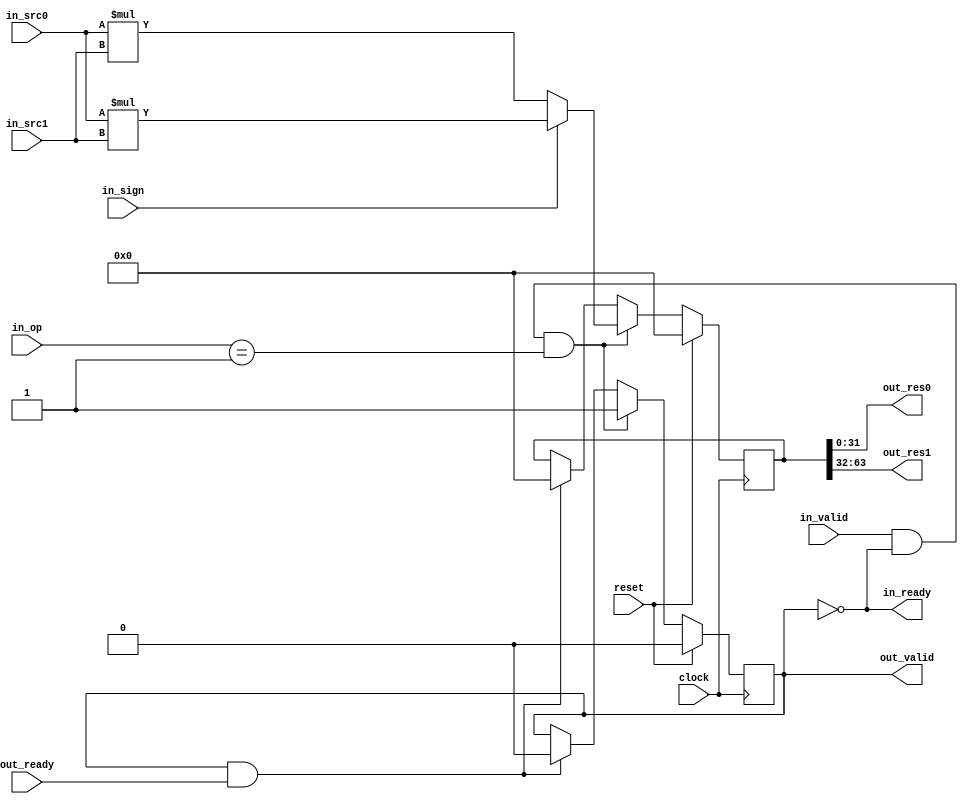
`timescale 1ns / 1ps
//////////////////////////////////////////////////////////////////////////////////
// Company: 
// Engineer: 
// 
// Design Name: 
// Module Name:    MulDivUnit 
// Project Name: 
// Target Devices: 
// Tool versions: 
// Description: 
//
// Dependencies: 
//
// Revision: 
// Revision 0.01 - File Created
// Additional Comments: 
//
//////////////////////////////////////////////////////////////////////////////////
module MulUnit(
	 input clock,
	 input reset,
    input [31:0] in_src0,
	 input [31:0] in_src1,
    input [1:0] in_op,
    input in_sign,
    output in_ready,
    input in_valid,
    input out_ready,
    output out_valid,
    output [31:0] out_res0,
	 output [31:0] out_res1
    );
	 reg done;
	 reg[63:0] tmp;
	 wire signed[63:0] sr = $signed(in_src0) * $signed(in_src1);
	 wire[63:0] usr = in_src0 * in_src1;
	 always@(posedge clock) begin
		if(reset) begin
			done <= 'h0;
			tmp <= 'h0;
		end else if(in_valid & in_ready & (in_op == 'd1)) begin
			tmp <= in_sign ? sr : usr;
			done <= 'h1;
		end else if(out_valid & out_ready) begin
			tmp <= 'h0;
			done <= 'h0;
		end
	 end
	 assign {out_res1, out_res0, in_ready, out_valid} = {tmp, !done, done};

endmodule

module DivUnit(
	 input clock,
	 input reset,
    input [31:0] in_src0,
	 input [31:0] in_src1,
    input [1:0] in_op,
    input in_sign,
    output in_ready,
    input in_valid,
    input out_ready,
    output out_valid,
    output [31:0] out_res0,
	 output [31:0] out_res1
    );
	 wire negSrcBits[1:0];
	 assign {negSrcBits[1], negSrcBits[0]} = {in_src1[31] & in_sign, in_src0[31] & in_sign};
	 wire[31:0] absSrc[1:0];
	 assign {absSrc[1], absSrc[0]} = {negSrcBits[1] ? -in_src1 : in_src1, negSrcBits[0] ? -in_src0 : in_src0};
	 wire[63:0] absSrc64[1:0];
	 assign {absSrc64[1], absSrc64[0]} = {absSrc[1], 64'h0, absSrc[0]};
	 reg busy;
	 reg[31:0] timer;
	 reg[66:0] tmps[3:0];
	 reg negResBits[1:0];
	 wire[66:0] subs[2:0];
	 assign {subs[2], subs[1], subs[0]} = {(tmps[0] << 2) - tmps[3], (tmps[0] << 2) - tmps[2], (tmps[0] << 2) - tmps[1]};
	 wire[31:0] tmp[1:0];
	 assign {tmp[1], tmp[0]} = tmps[0][63:0];
	 assign {out_res1, out_res0} = {negResBits[1] ? -tmp[1] : tmp[1], negResBits[0] ? -tmp[0] : tmp[0]};
	 assign {in_ready, out_valid} = {!busy, !timer[1] & busy};
	 always@(posedge clock) begin
		if(reset) begin
			{negResBits[1], negResBits[0], timer, tmps[3], tmps[2], tmps[1], tmps[0], busy} <= 0;
		end else if(in_valid & in_ready & in_op == 'd2) begin
			timer <= 32'hffffffff;
			{negResBits[1], negResBits[0]} <= {negSrcBits[0], negSrcBits[0] ^ negSrcBits[1]};
			{tmps[3], tmps[2], tmps[1], tmps[0]} <= {({3'b0, absSrc64[1]} << 1) + {3'b0, absSrc64[1]}, {3'b0, absSrc64[1]} << 1, {3'b0, absSrc64[1]}, {3'b0, absSrc64[0]}};
			busy <= 'b1;
		end else begin
			if(out_valid & out_ready) begin
				busy <= 'b0;
			end
			if(timer[15] & (tmps[0][47:16] < tmps[1][63:32])) begin
				timer <= timer >> 16;
				tmps[0] <= tmps[0] << 16;
			end else if(timer[7] & (tmps[0][55:24] < tmps[1][63:32])) begin
				timer <= timer >> 8;
				tmps[0] <= tmps[0] << 8;
			end else if(timer[3] & (tmps[0][59:28] < tmps[1][63:32])) begin
				timer <= timer >> 4;
				tmps[0] <= tmps[0] << 4;
			end else if(timer[0]) begin
				timer <= timer >> 2;
				tmps[0] <= !subs[2][66] ? subs[2] + 'd3 : !subs[1][66] ? subs[1] + 'd2 : !subs[0][66] ? subs[0] + 'd1 : (tmps[0] << 2);
			end
		end
	 end
endmodule

module MulDivUnit(
	 input clock,
	 input reset,
    input [31:0] in_src0,
	 input [31:0] in_src1,
    input [1:0] in_op,
    input in_sign,
    output in_ready,
    input in_valid,
    input out_ready,
    output out_valid,
    output [31:0] out_res0,
	 output [31:0] out_res1
    );
	 wire[31:0] mul_out_res[1:0];
	 wire[31:0] div_out_res[1:0];
	 reg[1:0] op;
	 always@(posedge clock) begin
		if(reset) begin
			op  <= 'h0;
		end else if(in_ready & in_valid) begin
			op <= in_op;
		end else if(out_ready & out_valid) begin
			op <= 'h0;
		end
	 end
	 MulUnit MulUnit(
			.clock(clock), 
			.reset(reset), 
			.in_src0(in_src0),
			.in_src1(in_src1),
			.in_op(in_op), 
			.in_sign(in_sign), 
			.in_ready(mul_in_ready), 
			.in_valid(in_valid), 
			.out_ready(out_ready), 
			.out_valid(mul_out_valid), 
			.out_res0(mul_out_res[0]),
			.out_res1(mul_out_res[1]));
			
	 DivUnit DivUnit(
			.clock(clock), 
			.reset(reset), 
			.in_src0(in_src0),
			.in_src1(in_src1),
			.in_op(in_op), 
			.in_sign(in_sign), 
			.in_ready(div_in_ready), 
			.in_valid(in_valid), 
			.out_ready(out_ready), 
			.out_valid(div_out_valid), 
			.out_res0(div_out_res[0]),
			.out_res1(div_out_res[1]));
	 assign in_ready = mul_in_ready & div_in_ready;
	 assign out_valid = mul_out_valid | div_out_valid;
	 assign {out_res1, out_res0} = (op == 'd2) ? {div_out_res[1], div_out_res[0]} : {mul_out_res[1], mul_out_res[0]};
endmodule